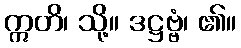
ဣတိ၊ သို့။ ဒဋ္ဌဗ္ဗံ၊ ၏။